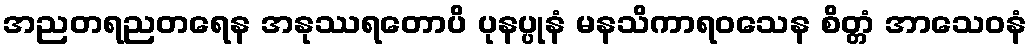
အညတရညတရေန အနုဿရတောပိ ပုနပ္ပုနံ မနသိကာရဝသေန စိတ္တံ အာသေဝနံ